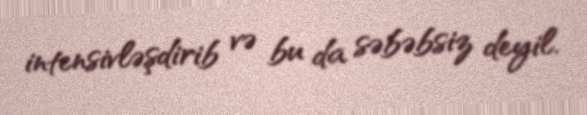
intensivləşdirib və bu da səbəbsiz deyil.